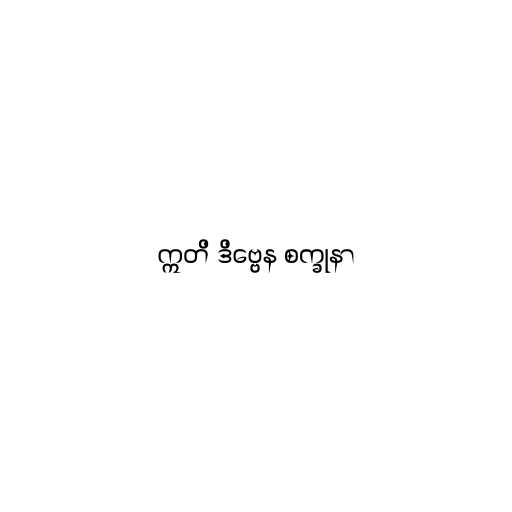
ဣတိ ဒိဗ္ဗေန စက္ခုနာ